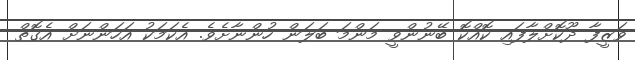
ވަޒީފާ ދޫކޮށްލާފައި ކޮއްކޮ ބޭނުންވީ މަންމަ ބަލަން ހުންނާށެވެ. އެކަމަކު އަހަންނަށް އެގޮތް